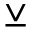
\veebar